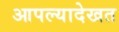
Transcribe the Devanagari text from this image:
आपल्यादेखत